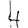
Digit: 4